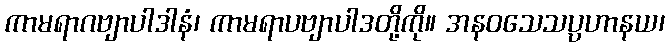
ကာမရာဂဗျာပါဒါနံ၊ ကာမရာပဗျာပါဒတို့ကို။ အနဝသေသပ္ပဟာနယ၊